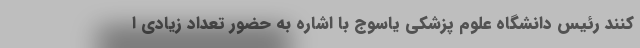
کنند رئیس دانشگاه علوم پزشکی یاسوج با اشاره به حضور تعداد زیادی ا